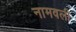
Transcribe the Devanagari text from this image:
नामवली